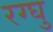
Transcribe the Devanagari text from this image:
रग्घु